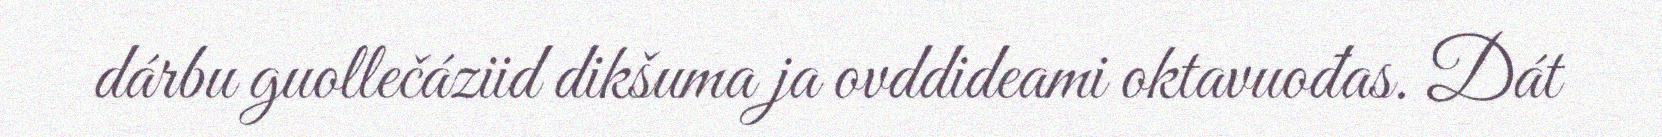
dárbu guollečáziid dikšuma ja ovddideami oktavuođas. Dát